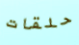
حلقات